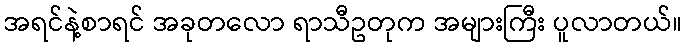
အရင်နဲ့စာရင် အခုတလော ရာသီဥတုက အများကြီး ပူလာတယ်။